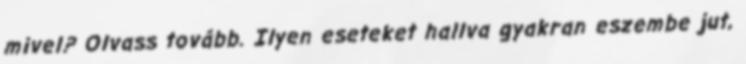
mivel? Olvass tovább. Ilyen eseteket hallva gyakran eszembe jut,